Annual returns of the Patna Lunatic Asylum at Bankipore in Bihar and Orissa - 1912-1924
Year: 1912
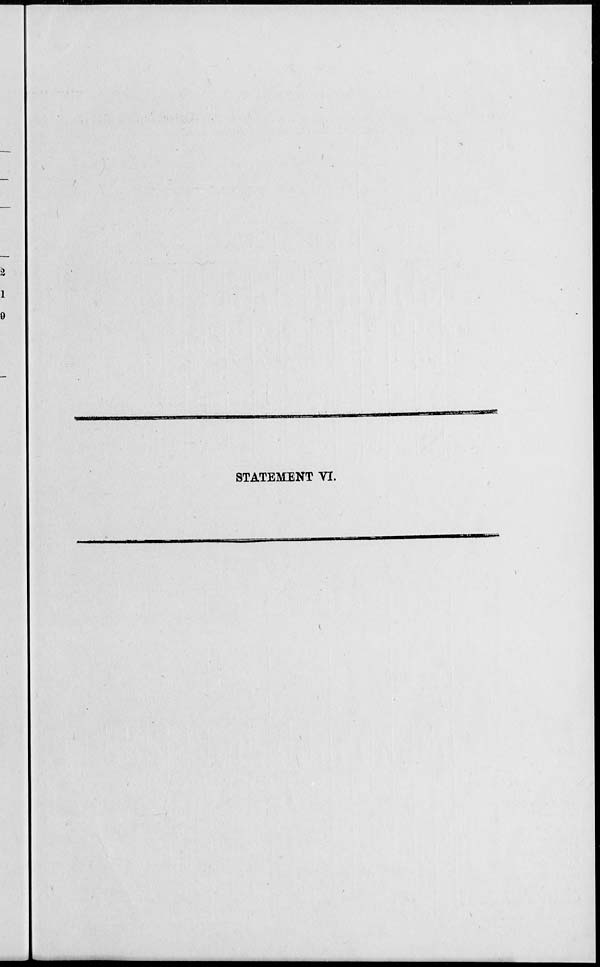
STATEMENT VI.